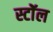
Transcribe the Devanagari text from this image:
स्टॉेल